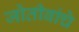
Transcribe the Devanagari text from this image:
जोतीबांचे